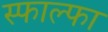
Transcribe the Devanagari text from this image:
स्फाल्फा